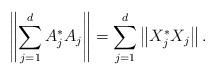
LaTeX: \begin{align*}\left\|\sum\limits_{j=1}^d A_{j}^*A_{j}\right\|=\sum\limits_{j=1}^d\left\|X_{j}^*X_{j}\right\|.\end{align*}